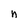
Character: n